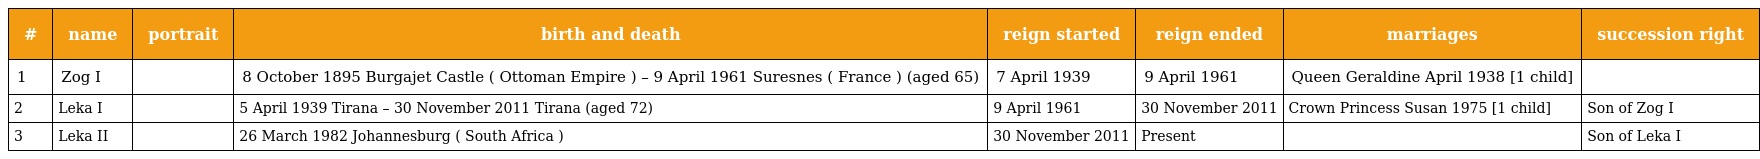
| # | name | portrait | birth and death | reign started | reign ended | marriages | succession right |
 | --- | --- | --- | --- | --- | --- | --- | --- |
 | 1 | Zog I |  | 8 October 1895 Burgajet Castle ( Ottoman Empire ) – 9 April 1961 Suresnes ( France ) (aged 65) | 7 April 1939 | 9 April 1961 | Queen Geraldine April 1938 [1 child] |  |
 | 2 | Leka I |  | 5 April 1939 Tirana – 30 November 2011 Tirana (aged 72) | 9 April 1961 | 30 November 2011 | Crown Princess Susan 1975 [1 child] | Son of Zog I |
 | 3 | Leka II |  | 26 March 1982 Johannesburg ( South Africa ) | 30 November 2011 | Present |  | Son of Leka I |